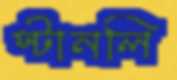
স্টানলি